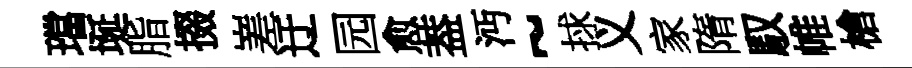
璫埏脂掇嵳迂园愈葢沔~捄义家隋馭帷槍